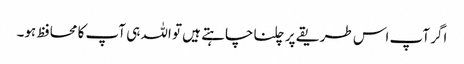
اگر آپ اس طریقے پر چلنا چاہتے ہیں تو اللہ ہی آپ کا محافظ ہو۔